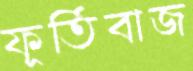
ফূর্তিবাজ